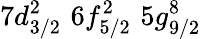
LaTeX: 7d_{3/2}^{2}\, \, 6f_{5/2}^{2}\, \, 5g_{9/2}^{8}